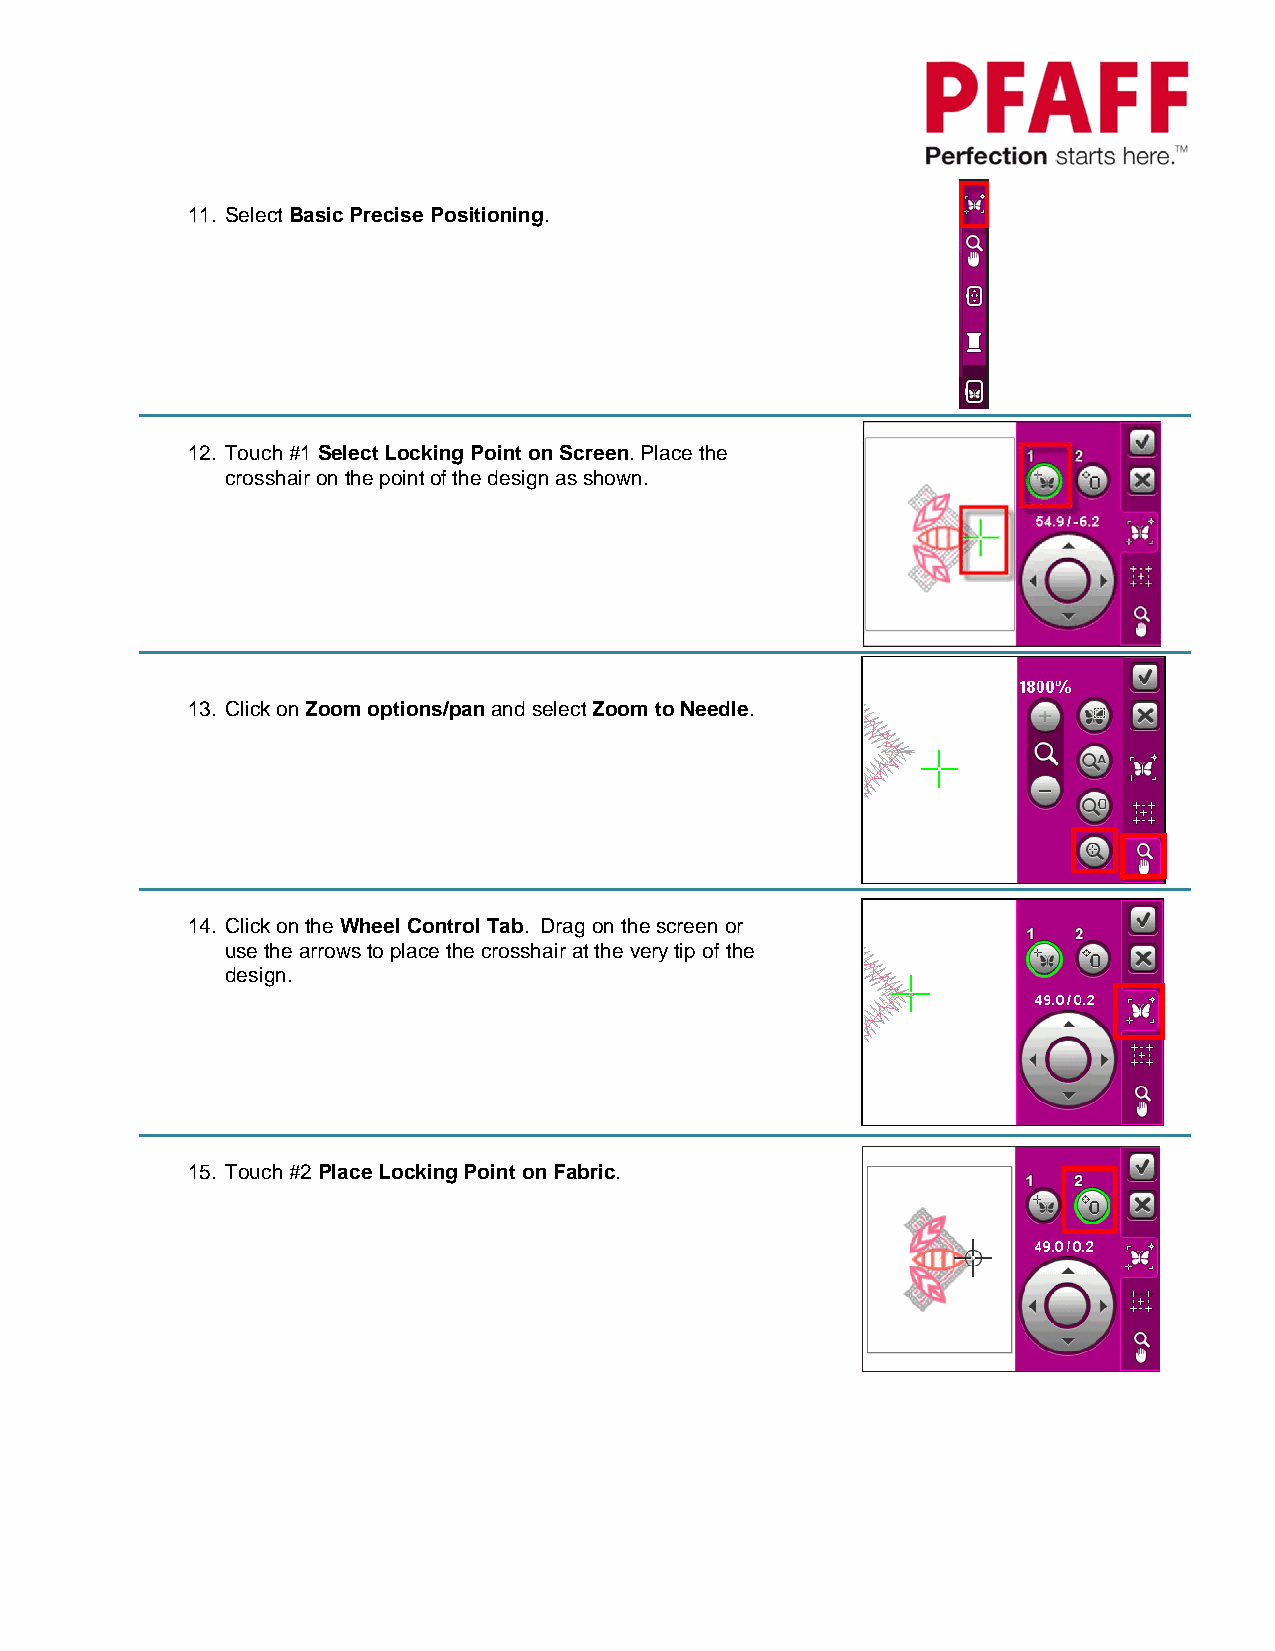
11. Select Basic Precise Positioning.
 12. Touch #1 Select Locking Point on Screen. Place the
 crosshair on the point of the design as shown.
 13. Click on Zoom options/pan and select Zoom to Needle.
 14. Click on the Wheel Control Tab. Drag on the screen or
 use the arrows to place the crosshair at the very tip of the
 design.
 15. Touch #2 Place Locking Point on Fabric.